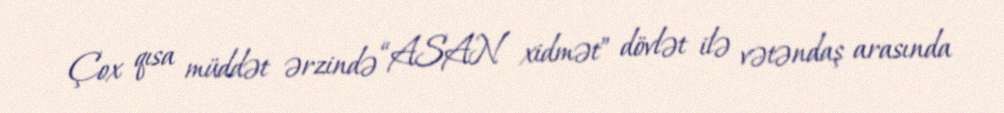
Çox qısa müddət ərzində “ASAN xidmət” dövlət ilə vətəndaş arasında